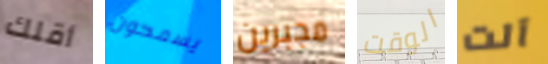
أقلك يسمحون مجبرين الوقت آلت